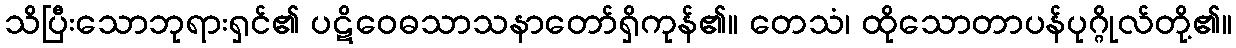
သိပြီးသောဘုရားရှင်၏ ပဋိဝေဓသာသနာတော်ရှိကုန်၏။ တေသံ၊ ထိုသောတာပန်ပုဂ္ဂိုလ်တို့၏။